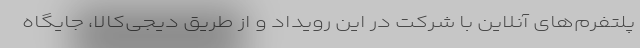
پلتفرم‌های آنلاین با شرکت در این رویداد و از طریق دیجی‌کالا، جایگاه